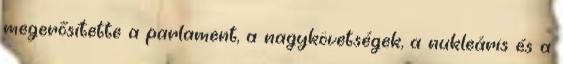
megerősítette a parlament, a nagykövetségek, a nukleáris és a